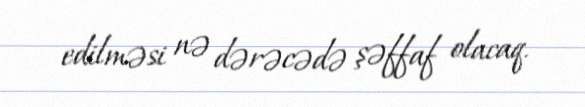
edilməsi nə dərəcədə şəffaf olacaq.